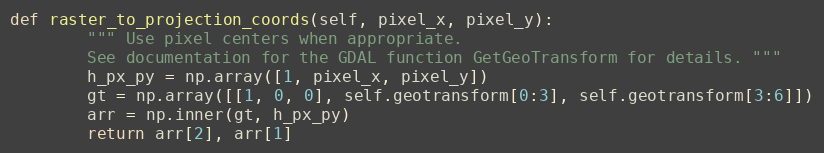
Language: Python
def raster_to_projection_coords(self, pixel_x, pixel_y):
        """ Use pixel centers when appropriate.
        See documentation for the GDAL function GetGeoTransform for details. """
        h_px_py = np.array([1, pixel_x, pixel_y])
        gt = np.array([[1, 0, 0], self.geotransform[0:3], self.geotransform[3:6]])
        arr = np.inner(gt, h_px_py)
        return arr[2], arr[1]